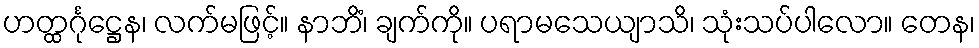
ဟတ္ထင်္ဂုဋ္ဌေန၊ လက်မဖြင့်။ နာဘိံ၊ ချက်ကို။ ပရာမသေယျာသိ၊ သုံးသပ်ပါလော။ တေန၊